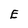
Character: E